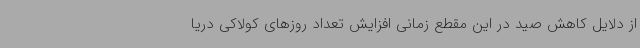
از دلایل کاهش صید در این مقطع زمانی افزایش تعداد روزهای کولاکی دریا